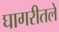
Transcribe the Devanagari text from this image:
घागरीतले